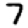
Digit: 7